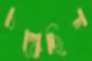
চল্‌কেছিল